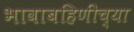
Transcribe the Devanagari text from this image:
भावाबहिणींच्या